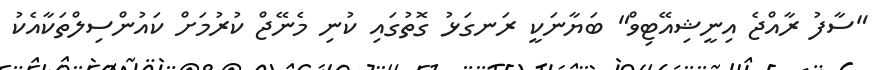
"ސާފު ރާއްޖެ އިނީޝިއޭޓިވް" ބަޔާނަކީ ރަނގަޅު ގޮތުގައި ކުނި މެނޭޖް ކުރުމަށް ކައުންސިލްތަކާއެކު